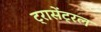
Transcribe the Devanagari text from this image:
ट्रासेंट्रल